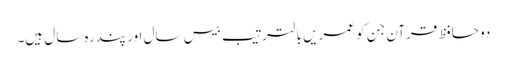
دو حافظ قرآن جن کو عمریں با لترتیب بیس سال اور پندرہ سال ہیں۔